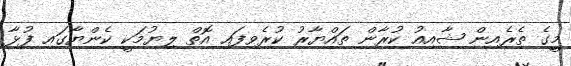
މީގެ ތެރެއިން ޝާއިއު ކުރާން ތައްޔާރު ކުރެވިފައި އޮތް ލިޔުމަކީ ކެންޔާގައި ފުޅާ